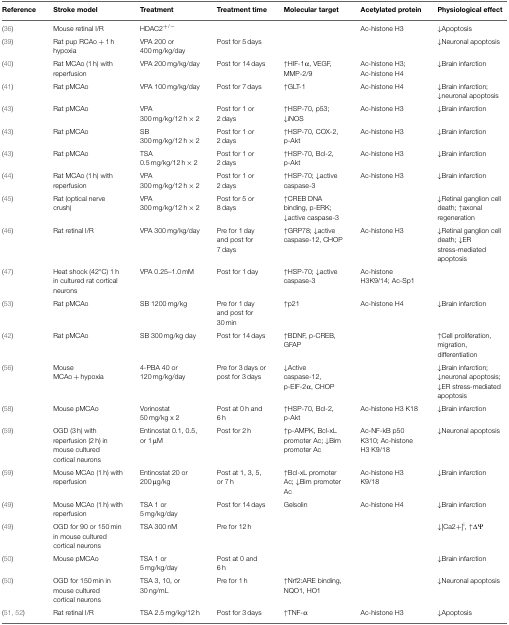
<table><thead><tr><td><b>Reference</b></td><td><b>Stroke model</b></td><td><b>Treatment</b></td><td><b>Treatment time</b></td><td><b>Molecular target</b></td><td><b>Acetylated protein</b></td><td><b>Physiological effect</b></td></tr></thead><tbody><tr><td>(36)</td><td>Mouse retinal I/R</td><td>HDAC2<sup>+/−</sup></td><td>[EMPTY_CELL]</td><td>[EMPTY_CELL]</td><td>Ac-histone H3</td><td>↓Apoptosis</td></tr><tr><td>(39)</td><td>Rat pup RCAo + 1 h hypoxia</td><td>VPA 200 or 400 mg/kg/day</td><td>Post for 5 days</td><td>[EMPTY_CELL]</td><td>[EMPTY_CELL]</td><td>↓Neuronal apoptosis</td></tr><tr><td>(40)</td><td>Rat MCAo (1 h) with reperfusion</td><td>VPA 200 mg/kg/day</td><td>Post for 14 days</td><td>↑HIF-1α, VEGF, MMP-2/9</td><td>Ac-histone H3; Ac-histone H4</td><td>↓Brain infarction</td></tr><tr><td>(41)</td><td>Rat pMCAo</td><td>VPA 100 mg/kg/day</td><td>Post for 7 days</td><td>↑GLT-1</td><td>Ac-histone H4</td><td>↓Brain infarction; ↓neuronal apoptosis</td></tr><tr><td>(43)</td><td>Rat pMCAo</td><td>VPA 300 mg/kg/12 h × 2</td><td>Post for 1 or 2 days</td><td>↑HSP-70, p53; ↓iNOS</td><td>Ac-histone H3</td><td>↓Brain infarction</td></tr><tr><td>(43)</td><td>Rat pMCAo</td><td>SB 300 mg/kg/12 h × 2</td><td>Post for 1 or 2 days</td><td>↑HSP-70, COX-2, p-Akt</td><td>Ac-histone H3</td><td>↓Brain infarction</td></tr><tr><td>(43)</td><td>Rat pMCAo</td><td>TSA 0.5 mg/kg/12 h × 2</td><td>Post for 1 or 2 days</td><td>↑HSP-70, Bcl-2, p-Akt</td><td>Ac-histone H3</td><td>↓Brain infarction</td></tr><tr><td>(44)</td><td>Rat MCAo (1 h) with reperfusion</td><td>VPA 300 mg/kg/12 h × 2</td><td>Post for 1 or 2 days</td><td>↑HSP-70; ↓active caspase-3</td><td>Ac-histone H3</td><td>↓Brain infarction</td></tr><tr><td>(45)</td><td>Rat (optical nerve crush)</td><td>VPA 300 mg/kg/12 h × 2</td><td>Post for 5 or 8 days</td><td>↑CREB DNA binding, p-ERK; ↓active caspase-3</td><td>[EMPTY_CELL]</td><td>↓Retinal ganglion cell death; ↑axonal regeneration</td></tr><tr><td>(46)</td><td>Rat retinal I/R</td><td>VPA 300 mg/kg/day</td><td>Pre for 1 day and post for 7 days</td><td>↑GRP78; ↓active caspase-12, CHOP</td><td>Ac-histone H3</td><td>↓Retinal ganglion cell death; ↓ER stress-mediated apoptosis</td></tr><tr><td>(47)</td><td>Heat shock (42°C) 1 h in cultured rat cortical neurons</td><td>VPA 0.25–1.0 mM</td><td>Post for 1 day</td><td>↑HSP-70; ↓active caspase-3</td><td>Ac-histone H3K9/14; Ac-Sp1</td><td>[EMPTY_CELL]</td></tr><tr><td>(53)</td><td>Rat pMCAo</td><td>SB 1200 mg/kg</td><td>Pre for 1 day and post for 30 min</td><td>↑p21</td><td>Ac-histone H4</td><td>↓Brain infarction</td></tr><tr><td>(42)</td><td>Rat pMCAo</td><td>SB 300 mg/kg day</td><td>Post for 14 days</td><td>↑BDNF, p-CREB, GFAP</td><td>[EMPTY_CELL]</td><td>↑Cell proliferation, migration, differentiation</td></tr><tr><td>(56)</td><td>Mouse MCAo + hypoxia</td><td>4-PBA 40 or 120 mg/kg/day</td><td>Pre for 3 days or post for 3 days</td><td>↓Active caspase-12, p-EIF-2α, CHOP</td><td>[EMPTY_CELL]</td><td>↓Brain infarction; ↓neuronal apoptosis; ↓ER stress-mediated apoptosis</td></tr><tr><td>(58)</td><td>Mouse pMCAo</td><td>Vorinostat 50 mg/kg x 2</td><td>Post at 0 h and 6 h</td><td>↑HSP-70, Bcl-2, p-Akt</td><td>Ac-histone H3 K18</td><td>↓Brain infarction</td></tr><tr><td>(59)</td><td>OGD (3 h) with reperfusion (2 h) in mouse cultured cortical neurons</td><td>Entinostat 0.1, 0.5, or 1 μM</td><td>Post for 2 h</td><td>↑p-AMPK, Bcl-xL promoter Ac; ↓Bim promoter Ac</td><td>Ac-NF-kB p50 K310; Ac-histone H3 K9/18</td><td>↓Neuronal apoptosis</td></tr><tr><td>(59)</td><td>Mouse MCAo (1 h) with reperfusion</td><td>Entinostat 20 or 200 μg/kg</td><td>Post at 1, 3, 5, or 7 h</td><td>↑Bcl-xL promoter Ac; ↓Bim promoter Ac</td><td>Ac-histone H3 K9/18</td><td>↓Brain infarction</td></tr><tr><td>(49)</td><td>Mouse MCAo (1 h) with reperfusion</td><td>TSA 1 or 5 mg/kg/day</td><td>Post for 14 days</td><td>Gelsolin</td><td>Ac-histone H4</td><td>↓Brain infarction</td></tr><tr><td>(49)</td><td>OGD for 90 or 150 min in mouse cultured cortical neurons</td><td>TSA 300 nM</td><td>Pre for 12 h</td><td>[EMPTY_CELL]</td><td>[EMPTY_CELL]</td><td>↓[Ca2+]<sup>i</sup>, ↑ΔΨ</td></tr><tr><td>(50)</td><td>Mouse pMCAo</td><td>TSA 1 or 5 mg/kg/day</td><td>Post at 0 and 6 h</td><td>[EMPTY_CELL]</td><td>[EMPTY_CELL]</td><td>↓Brain infarction</td></tr><tr><td>(50)</td><td>OGD for 150 min in mouse cultured cortical neurons</td><td>TSA 3, 10, or 30 ng/mL</td><td>Pre for 1 h</td><td>↑Nrf2:ARE binding, NQO1, HO1</td><td>[EMPTY_CELL]</td><td>↓Neuronal apoptosis</td></tr><tr><td>(51, 52)</td><td>Rat retinal I/R</td><td>TSA 2.5 mg/kg/12 h</td><td>Post for 3 days</td><td>↑TNF-α</td><td>Ac-histone H3</td><td>↓Apoptosis</td></tr></tbody></table>